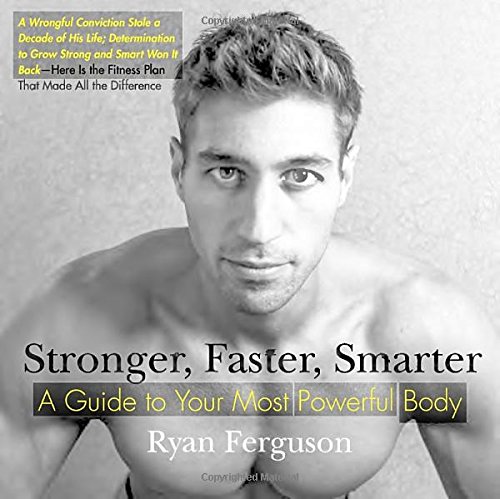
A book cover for Stronger, Faster, Smarter: A Guide to Your Most Powerful Body; Ryan Ferguson; Health, Fitness & Dieting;